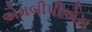
એમબીપીએસ